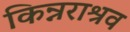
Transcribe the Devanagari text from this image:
किन्नराश्रव